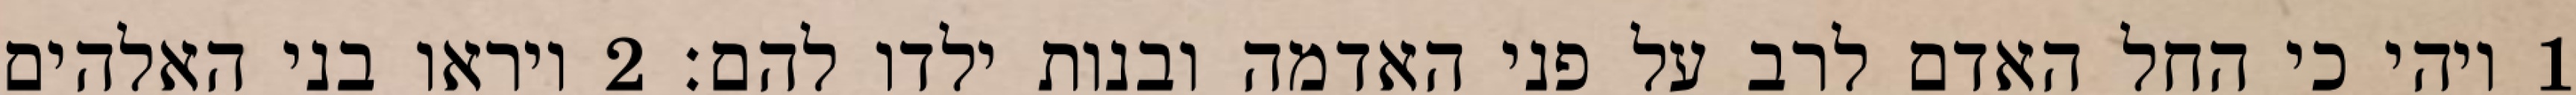
1 ויהי כי החל האדם לרב על פני האדמה ובנות ילדו להם׃ ‎2‏ ויראו בני האלהים